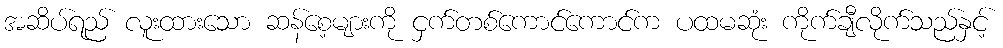
အဆိပ်ရည် လူးထားသော ဆန်စေ့များကို ငှက်တစ်ကောင်ကောင်က ပထမဆုံး ကိုက်ချီလိုက်သည်နှင့်